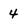
Character: 4